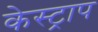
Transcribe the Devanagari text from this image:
केस्ट्राप